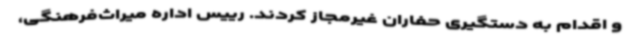
و اقدام به دستگیری حفاران غیرمجاز کردند. رییس اداره میراث‌فرهنگی،